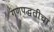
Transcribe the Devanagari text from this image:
गणपद्धतीचा